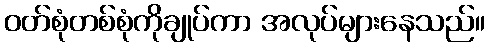
ဝတ်စုံတစ်စုံကိုချုပ်ကာ အလုပ်များနေသည်။